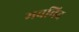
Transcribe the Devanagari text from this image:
मवविद